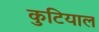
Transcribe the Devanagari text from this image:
कुटियाल